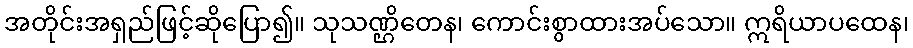
အတိုင်းအရှည်ဖြင့်ဆိုပြော၍။ သုသဏ္ဌိတေန၊ ကောင်းစွာထားအပ်သော။ ဣရိယာပထေန၊